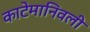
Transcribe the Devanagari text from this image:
काटेमानिवली